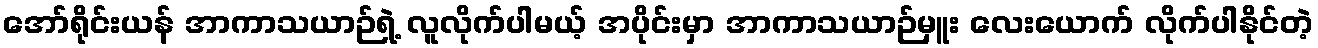
အော်ရိုင်းယန် အာကာသယာဉ်ရဲ့ လူလိုက်ပါမယ့် အပိုင်းမှာ အာကာသယာဉ်မှူး လေးယောက် လိုက်ပါနိုင်တဲ့